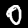
Label: 0